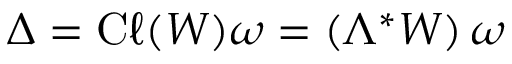
\Delta = \mathrm { C } \ell ( W ) \omega = \left( \Lambda ^ { * } W \right) \omega